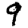
Digit: 9